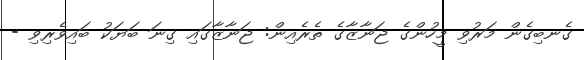
ގެނބިގެން މަރުވި މީހުންގެ ޖަނާޒާގެ ތެރެއިން: ޖަނާޒާގައި ގިނަ ބަޔަކު ބައިވެރިވި -